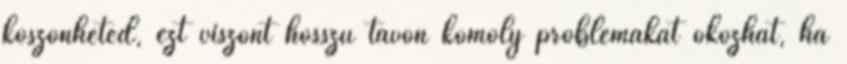
köszönheted, ezt viszont hosszú távon komoly problémákat okozhat, ha